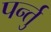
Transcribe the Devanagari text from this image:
पर्न्तु